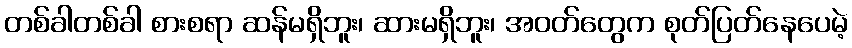
တစ်ခါတစ်ခါ စားစရာ ဆန်မရှိဘူး၊ ဆားမရှိဘူး၊ အဝတ်တွေက စုတ်ပြတ်နေပေမဲ့